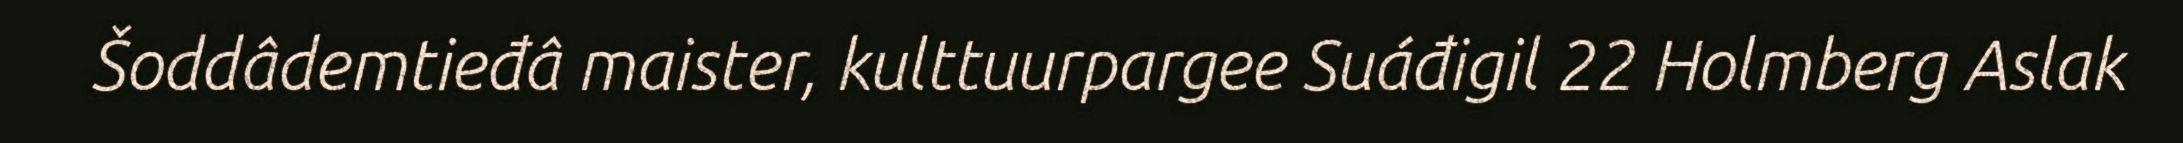
Šoddâdemtieđâ maister, kulttuurpargee Suáđigil 22 Holmberg Aslak